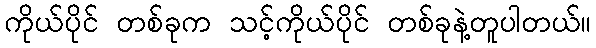
ကိုယ်ပိုင် တစ်ခုက သင့်ကိုယ်ပိုင် တစ်ခုနဲ့တူပါတယ်။